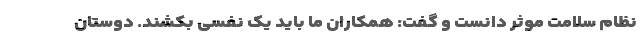
نظام سلامت موثر دانست و گفت: همکاران ما باید یک نفسی بکشند. دوستان